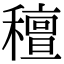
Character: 䆄